NAE_ERA_R-1665_Eesti_Kunstnike_Liit, lk 81
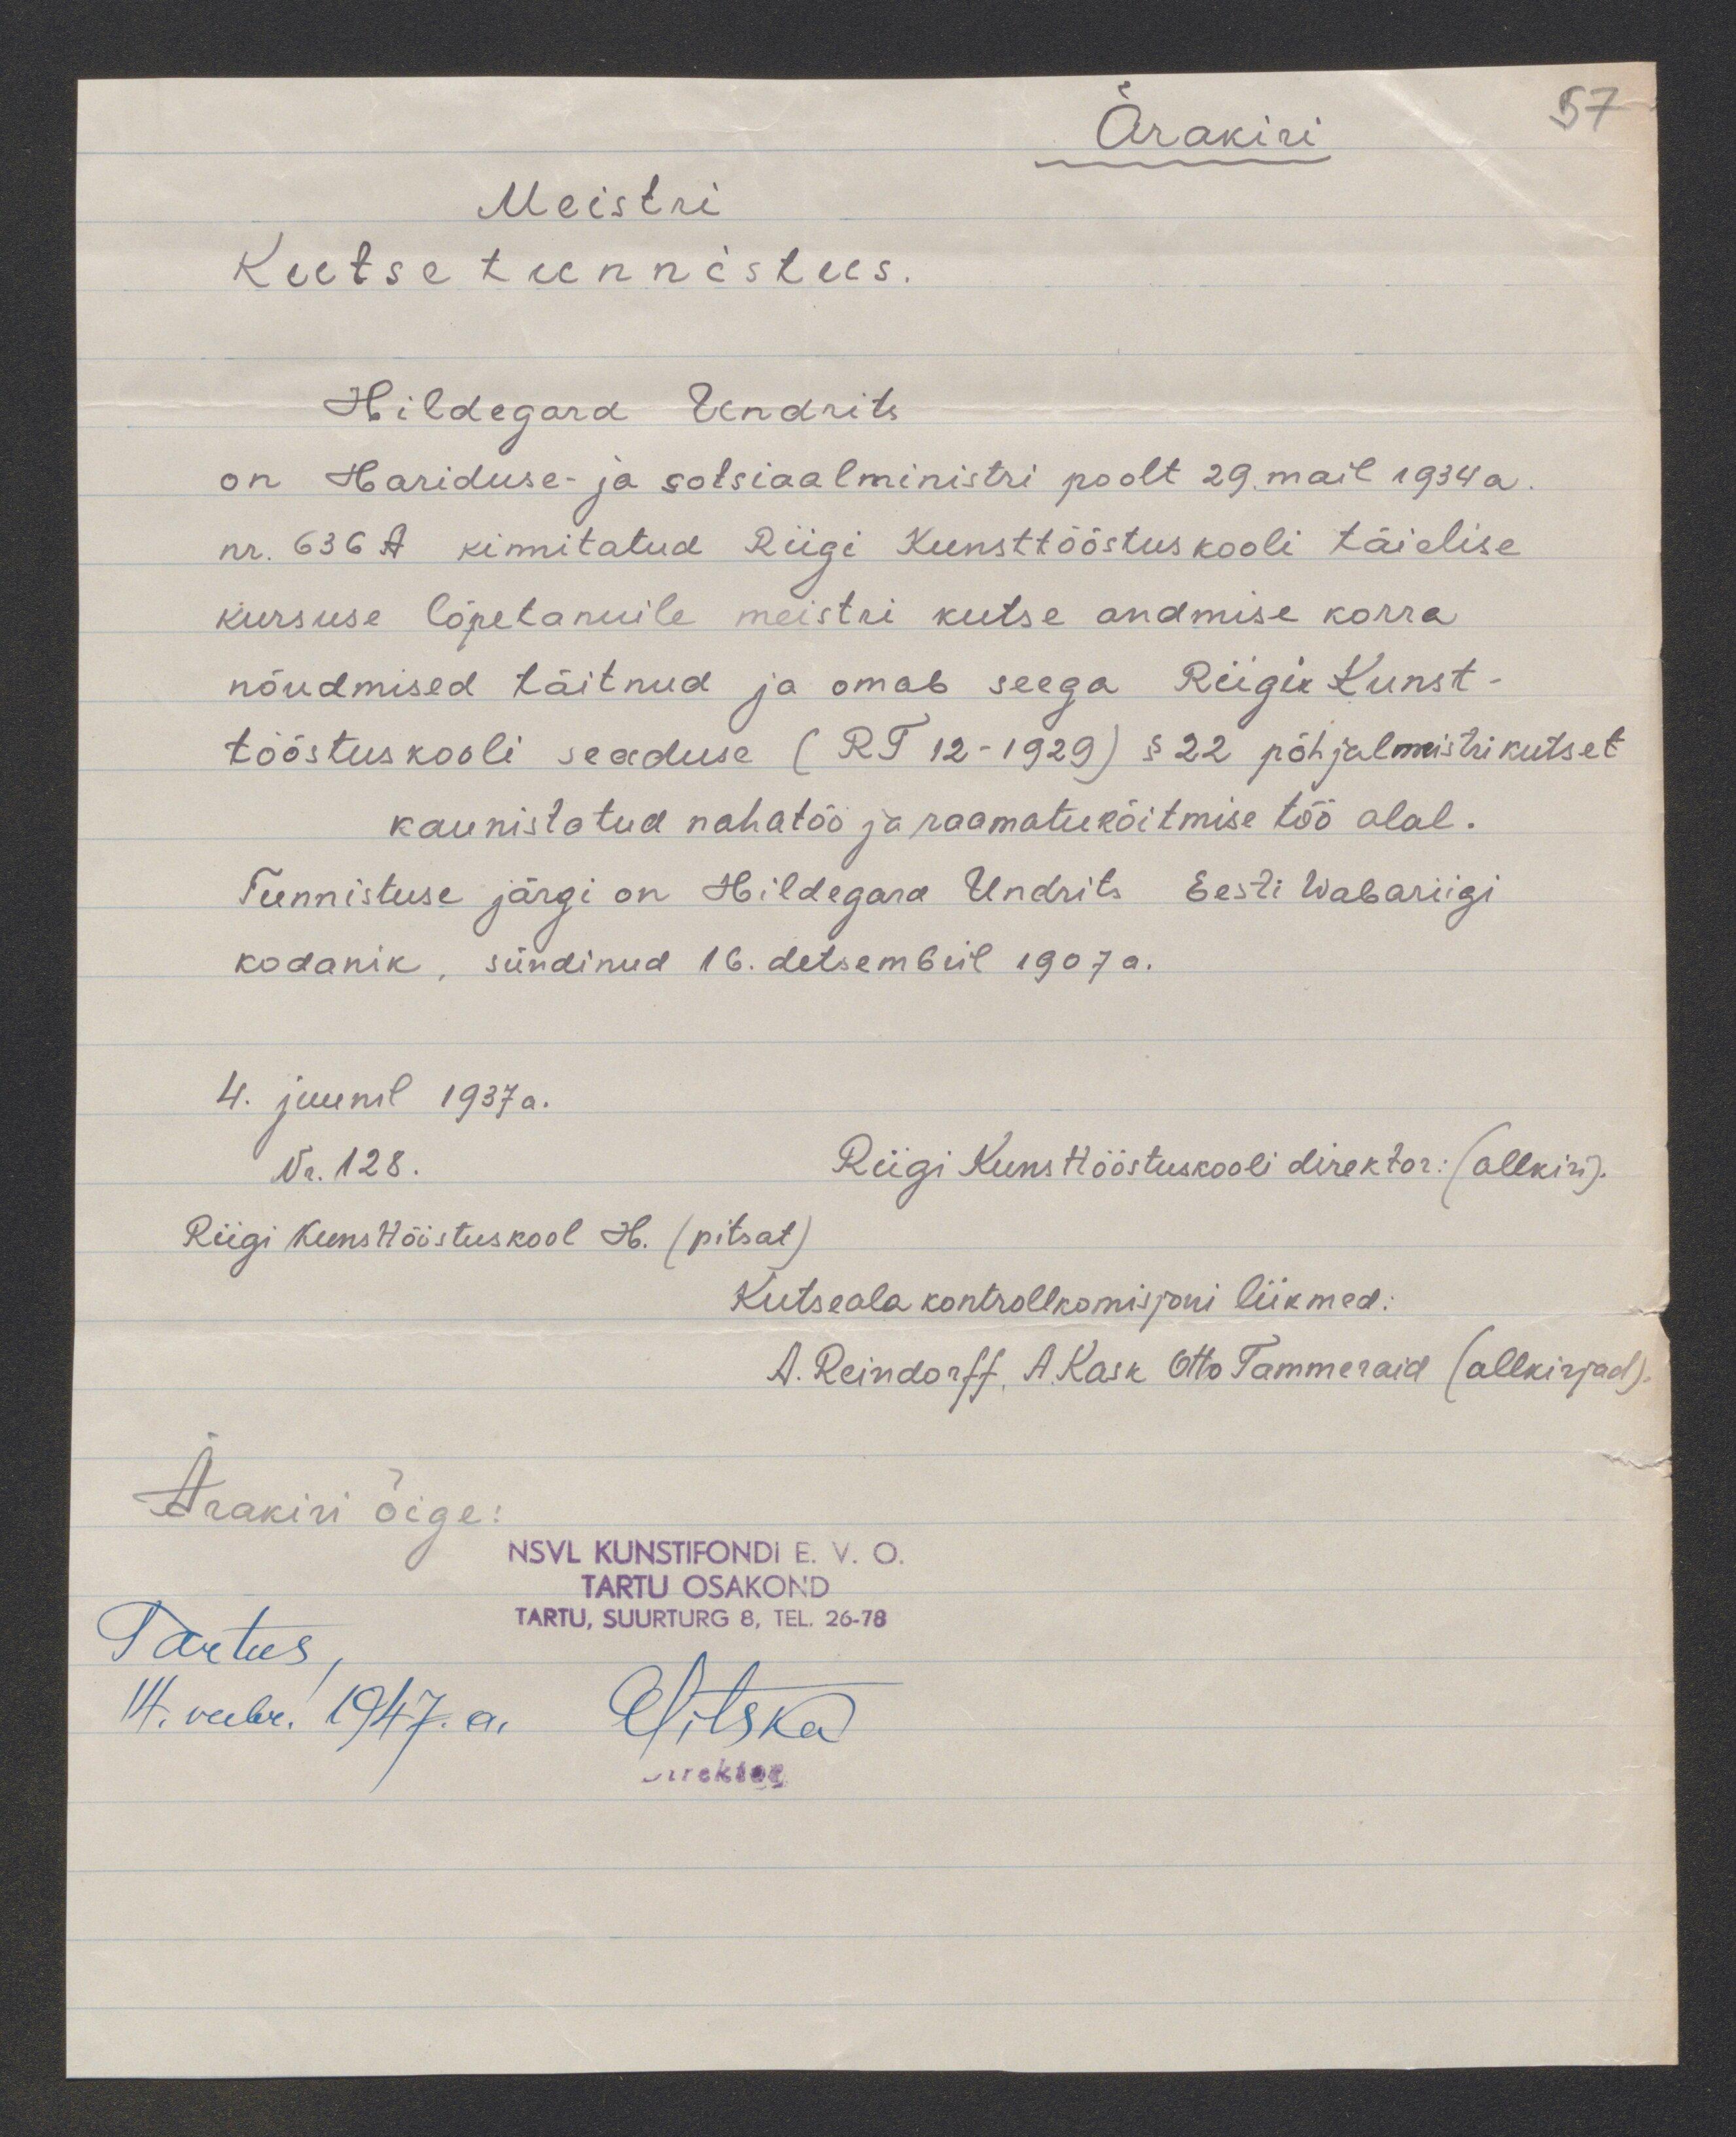
Ärakiri
Meistri
Kutsetunnistus.
Hildegard Undrits
on Hariduse- ja sotsiaalministri poolt 29. mail 1934 a.
nr. 636 A kinnitatud Riigi Kunsttööstuskooli täielise
kursuse lõpetanuile meistri kutse andmise korra
nõudmised täitnud ja omab seega Riigi Kunst-
tööstuskooli seaduse (RT 12-1929) § 22 põhjalmeistrikutset
kaunistatud nahatöö ja raamatuköitmise töö alal.
Tunnistuse järgi on Hildegard Undrits Eesti Wabariigi
kodanik, sündinud 16. detsembril 1907a.
4. juunil 1937 a.
Nr. 128.
Riigi Kunsttööstuskooli direktor: (allkiri).
Riigi Kunsttööstuskool H. (pitsat)
Kutseala kontrollkomisjoni liikmed:
A. Reindorff, A. Kask Otto Tammeraid (allkirjad).
Ärakiri õige:
NSVL KUNSTIFONDI E. V. O.
TARTU OSKKOND
TARTU, SUURTURG 8, TEL. 26-78
Tartus,
14. veebr. 1947.a.
ESitska
direktor

57